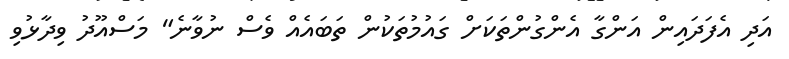
އަދި އެފަދައިން އަންގާ އެންގުންތަކަށް ގައުމުތަކުން ތަބައެއް ވެސް ނުވާނެ" މަސްއޫދު ވިދާޅުވި